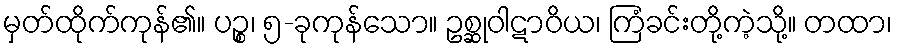
မှတ်ထိုက်ကုန်၏။ ပဉ္စ၊ ၅-ခုကုန်သော။ ဥစ္ဆုဝါဋာဝိယ၊ ကြံခင်းတို့ကဲ့သို့။ တထာ၊